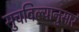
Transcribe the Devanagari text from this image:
सुचविल्यानुसार